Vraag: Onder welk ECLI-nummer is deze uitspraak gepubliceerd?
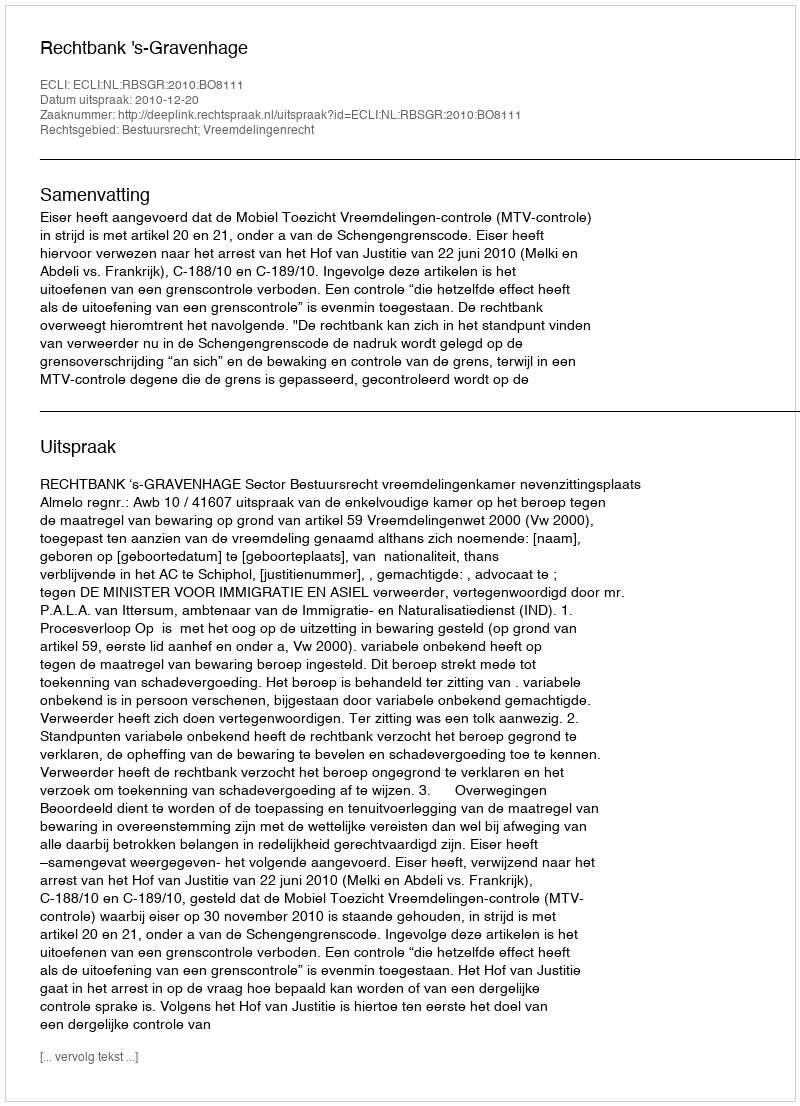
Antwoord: ECLI:NL:RBSGR:2010:BO8111